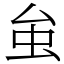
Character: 𧈧